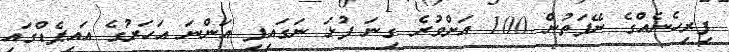
ފިރިހެނެއްގެ ނޭފަތުން 100 އަށްވުރެ ގިނަ ފުޅަ ނަގައިފި އަންނަ އަހަރުގެ އައިޕެޑްގައި